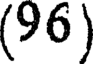
(96)